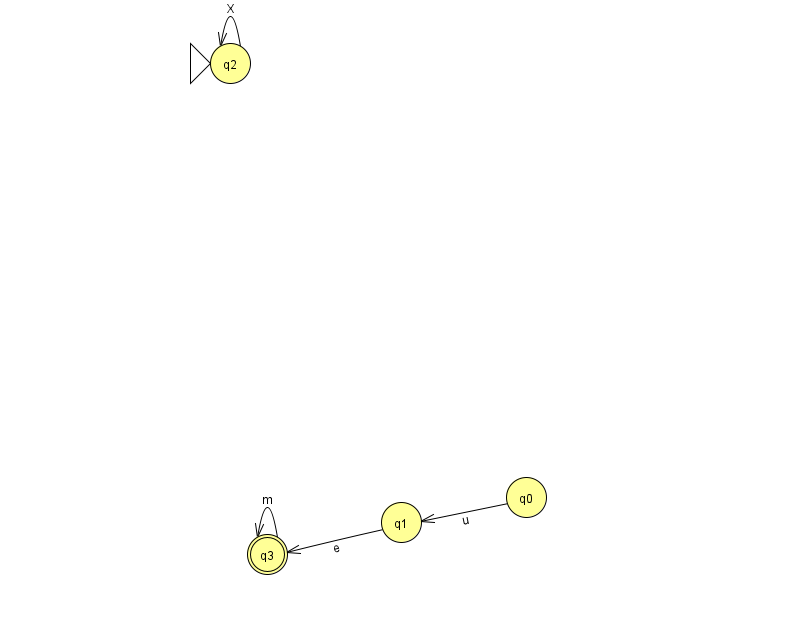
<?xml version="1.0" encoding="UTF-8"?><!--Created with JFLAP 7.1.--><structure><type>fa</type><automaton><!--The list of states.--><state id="0" name="q0"><x>526.0</x><y>484.0</y></state><state id="1" name="q1"><x>401.0</x><y>509.0</y></state><state id="2" name="q2"><x>230.0</x><y>50.0</y><initial/></state><state id="3" name="q3"><x>267.0</x><y>541.0</y><final/></state><!--The list of transitions.--><transition><from>0</from><to>1</to><read>u</read></transition><transition><from>1</from><to>3</to><read>e</read></transition><transition><from>2</from><to>2</to><read>X</read></transition><transition><from>3</from><to>3</to><read>m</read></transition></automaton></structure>